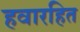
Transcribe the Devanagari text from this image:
हवारहित